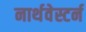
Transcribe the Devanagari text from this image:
नार्थवेस्टर्न